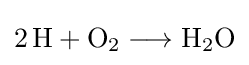
{2\,\mathrm {H} {}+{}\mathrm {O} {\vphantom {A}}_{\smash[{t}]{2}}{}\mathrel {\longrightarrow } {}\mathrm {H} {\vphantom {A}}_{\smash[{t}]{2}}\mathrm {O} }